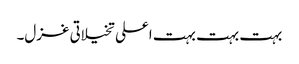
بہت بہت بہت اعلی تخیلاتی غزل۔